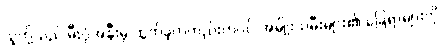
သူတို့သည် မီးပုံအနီးမှ ထွက်ခဲ့ကတည်းကပင် အမျိုးသမီးများ၏ ခြေရာများကို